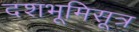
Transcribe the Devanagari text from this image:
दशभूमिसूत्र